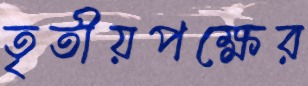
তৃতীয়পক্ষের